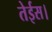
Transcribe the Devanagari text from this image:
तेईस।